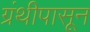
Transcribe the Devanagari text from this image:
ग्रंथीपासून